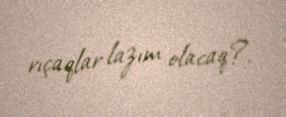
rıçaqlar lazım olacaq?.